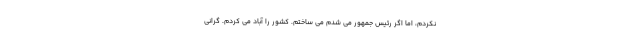
نکردم، اما اگر رئیس جمهور می شدم می ساختم. کشور را آباد می کردم. گرانی